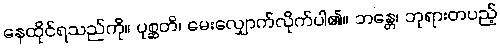
နေထိုင်ရသည်ကို။ ပုစ္ဆတိ၊ မေးလျှောက်လိုက်ပါ၏။ ဘန္တေ၊ ဘုရားတပည့်